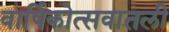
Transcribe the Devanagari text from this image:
वार्षिकोत्सवातली